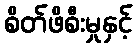
စိတ်ဖိစီးမှုနှင့်